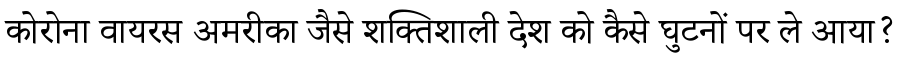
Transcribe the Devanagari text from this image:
कोरोना वायरस अमरीका जैसे शक्तिशाली देश को कैसे घुटनों पर ले आया?